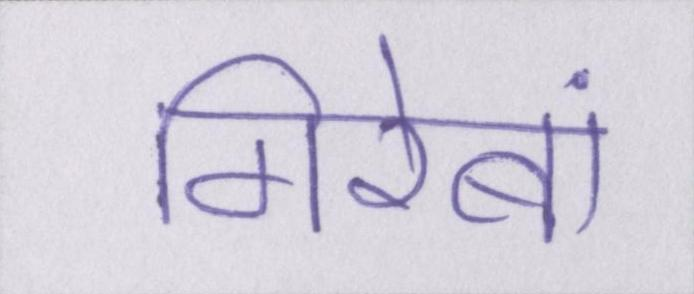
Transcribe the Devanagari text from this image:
गिरेबां